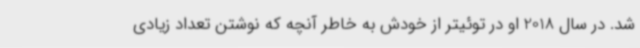
شد. در سال 2018 او در توئیتر از خودش به خاطر آنچه که نوشتن تعداد زیادی